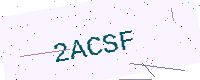
Text: 2ACSF